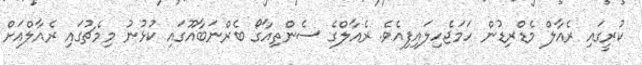
ކުރީގައި ރެއާލް މެޑްރިޑުން ހަމަޖެހިލައިފިއެވެ. ރެއާލްގެ ސެންތިއާގޯ ބެރްނަބާއޫގައި ކުޅުނު މިމެޗުގައި ރެއާލްއަށް